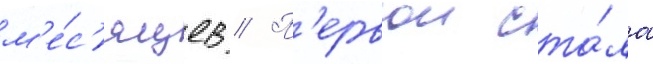
м'е́с'яцев // П'ервои ста́ла